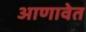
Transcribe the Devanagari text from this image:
आणावेत